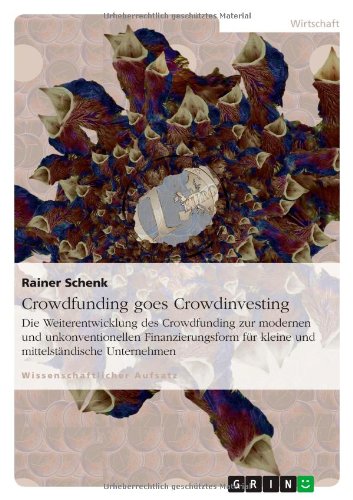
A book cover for Crowdfunding Goes Crowdinvesting (German Edition); Rainer Schenk; Business & Money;